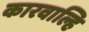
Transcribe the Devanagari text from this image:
कारवाल्हि